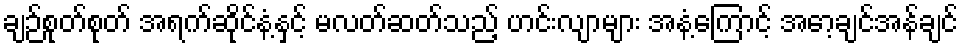
ချဉ်စုတ်စုတ် အရက်ဆိုင်နံ့နှင့် မလတ်ဆတ်သည့် ဟင်းလျာများ အနံ့ကြောင့် အော့ချင်အန်ချင်